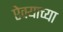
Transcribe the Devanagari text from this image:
ऐक्याच्या